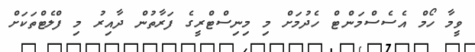
ވީމާ ހޯމް އެސެސްމަންޓް ހެދުމަށް މި މިނިސްޓްރީގެ ފަރާތުން ދާއިރު މި ފްލެޓްތަކަށް